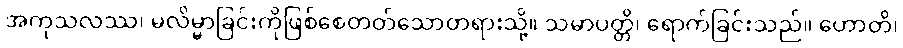
အကုသလဿ၊ မလိမ္မာခြင်းကိုဖြစ်စေတတ်သောတရားသို့။ သမာပတ္တိ၊ ရောက်ခြင်းသည်။ ဟောတိ၊